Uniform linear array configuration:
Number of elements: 8
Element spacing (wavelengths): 0.75
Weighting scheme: uniform
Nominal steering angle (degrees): -45
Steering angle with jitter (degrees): -43.309
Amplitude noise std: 0.05
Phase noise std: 0.05

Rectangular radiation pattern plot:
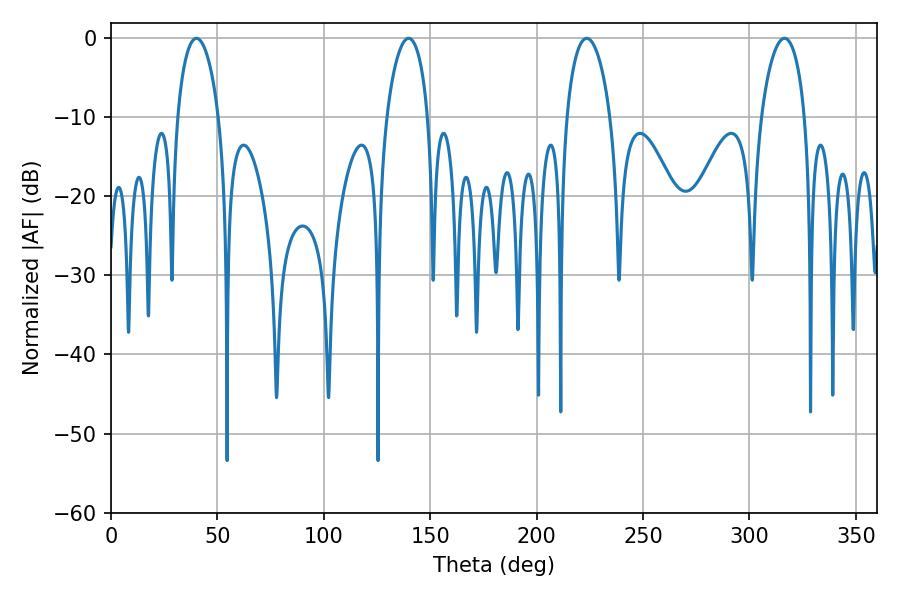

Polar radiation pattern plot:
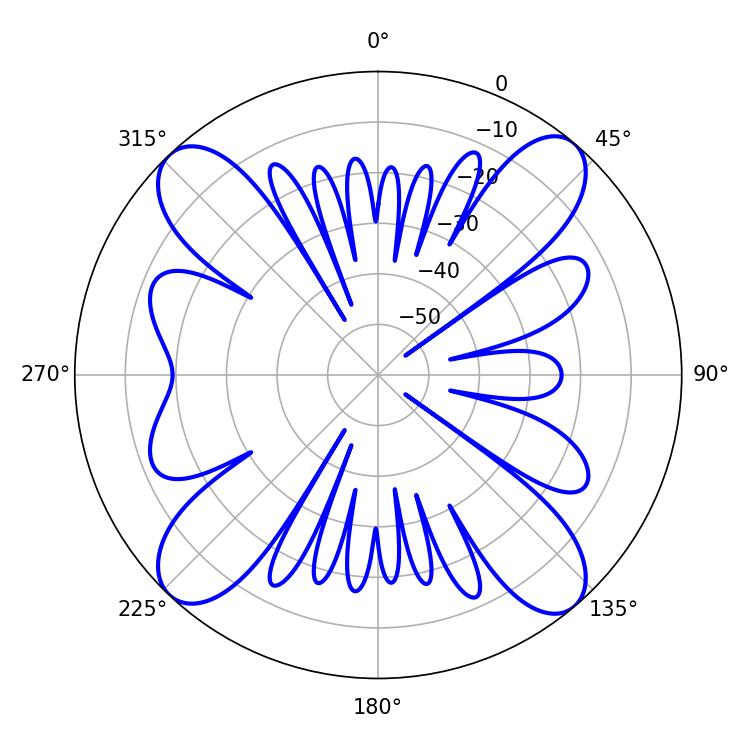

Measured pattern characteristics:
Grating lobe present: TRUE
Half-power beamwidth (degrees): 10.98
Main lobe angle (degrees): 40.14